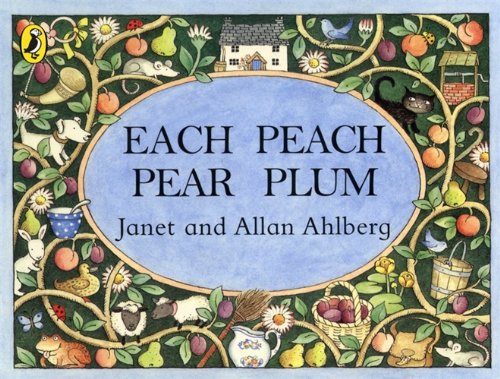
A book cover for Each Peach Pear Plum board book (Viking Kestrel Picture Books); Allan Ahlberg; Children's Books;